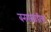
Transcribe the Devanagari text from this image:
बनगरवाडीचा